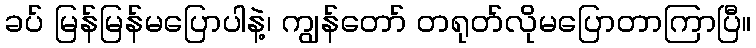
ခပ် မြန်မြန်မပြောပါနဲ့၊ ကျွန်တော် တရုတ်လိုမပြောတာကြာပြီ။